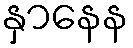
နှာနေန